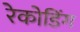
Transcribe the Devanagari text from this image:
रेकोडिंग